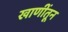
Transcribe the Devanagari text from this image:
खाणींतून